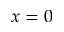
x = 0